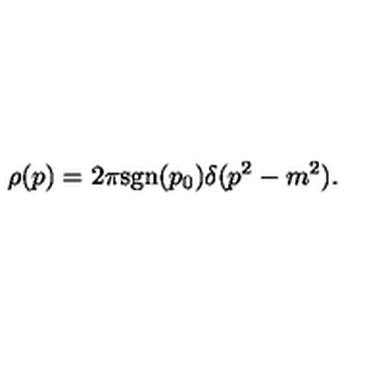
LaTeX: \rho ( p ) = 2 \pi \mathrm { s g n } ( p _ { 0 } ) \delta ( p ^ { 2 } - m ^ { 2 } ) .